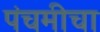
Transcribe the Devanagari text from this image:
पंचमीचा